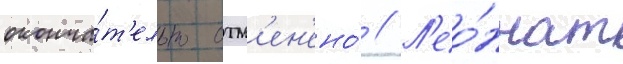
оконча́т'ельно отм'ен'ено́ // Л'ео́ннат